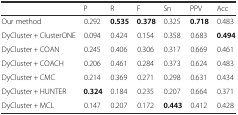
|  | P | R | F | Sn | PPV | Acc |
 | --- | --- | --- | --- | --- | --- | --- |
 | Our method | 0.292 | 0.535 | 0.378 | 0.325 | 0.718 | 0.483 |
 | DyCluster + ClusterONE | 0.094 | 0.424 | 0.154 | 0.358 | 0.683 | 0.494 |
 | DyCluster + COAN | 0.245 | 0.406 | 0.306 | 0.317 | 0.669 | 0.461 |
 | DyCluster + COACH | 0.206 | 0.461 | 0.284 | 0.373 | 0.624 | 0.483 |
 | DyCluster + CMC | 0.214 | 0.369 | 0.271 | 0.298 | 0.631 | 0.434 |
 | DyCluster + HUNTER | 0.324 | 0.184 | 0.235 | 0.207 | 0.664 | 0.371 |
 | DyCluster + MCL | 0.147 | 0.207 | 0.172 | 0.443 | 0.412 | 0.428 |